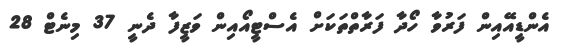
އެންޑީއޭއިން ފަރުވާ ހޯދާ ފަރާތްތަކަށް އެސްޓީއޯއިން ވަޒީފާ ދެނީ 37 މިނެޓް 28